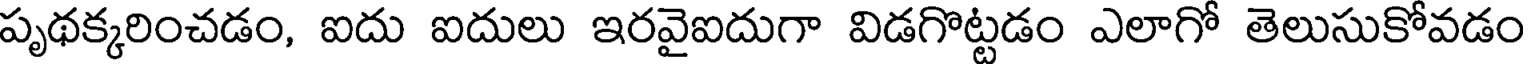
పృథక్కరించడం, ఐదు ఐదులు ఇరవైఐదుగా విడగొట్టడం ఎలాగో తెలుసుకోవడం